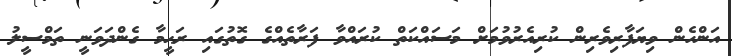
އަންހެން ވިޔަފާރިވެރިން ކުރިއެރުވުމަށް މަސައްކަތް ކުރައްވާ ފަރާތެއްގެ ގޮތުގައި ރަޙީމާ ގެންދަވަނީ ތަމްސީލު